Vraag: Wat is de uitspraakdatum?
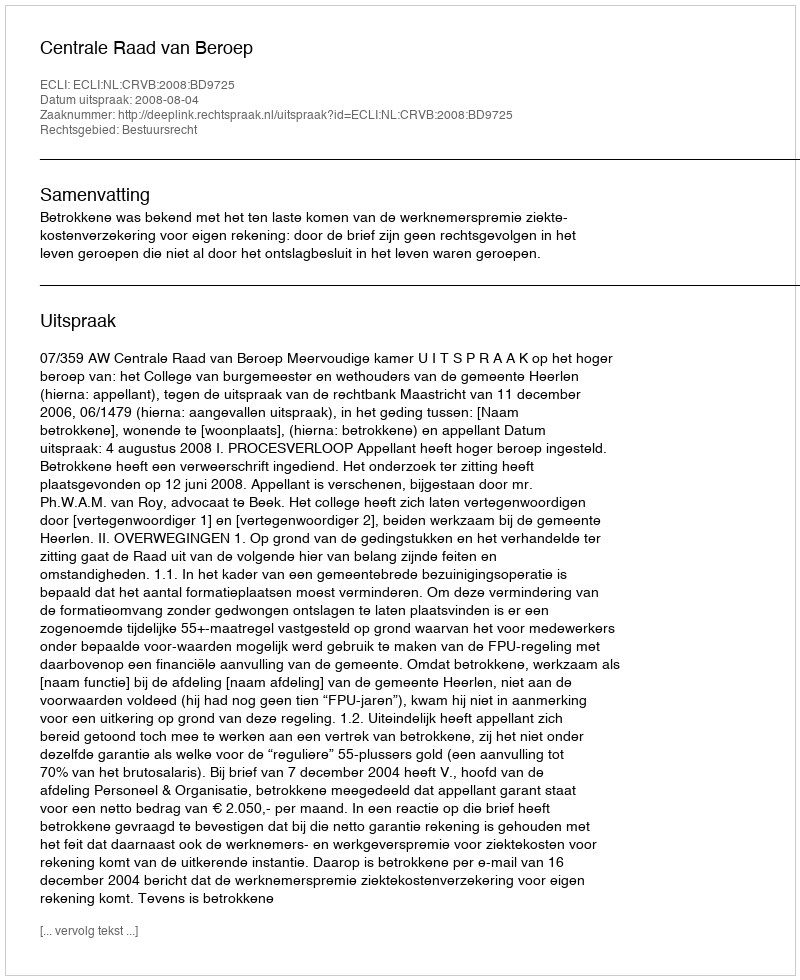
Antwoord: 2008-08-04